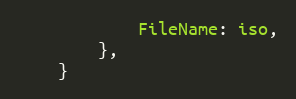
Language: Go
			FileName: iso,
		},
	}